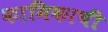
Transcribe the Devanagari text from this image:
कामिकाची